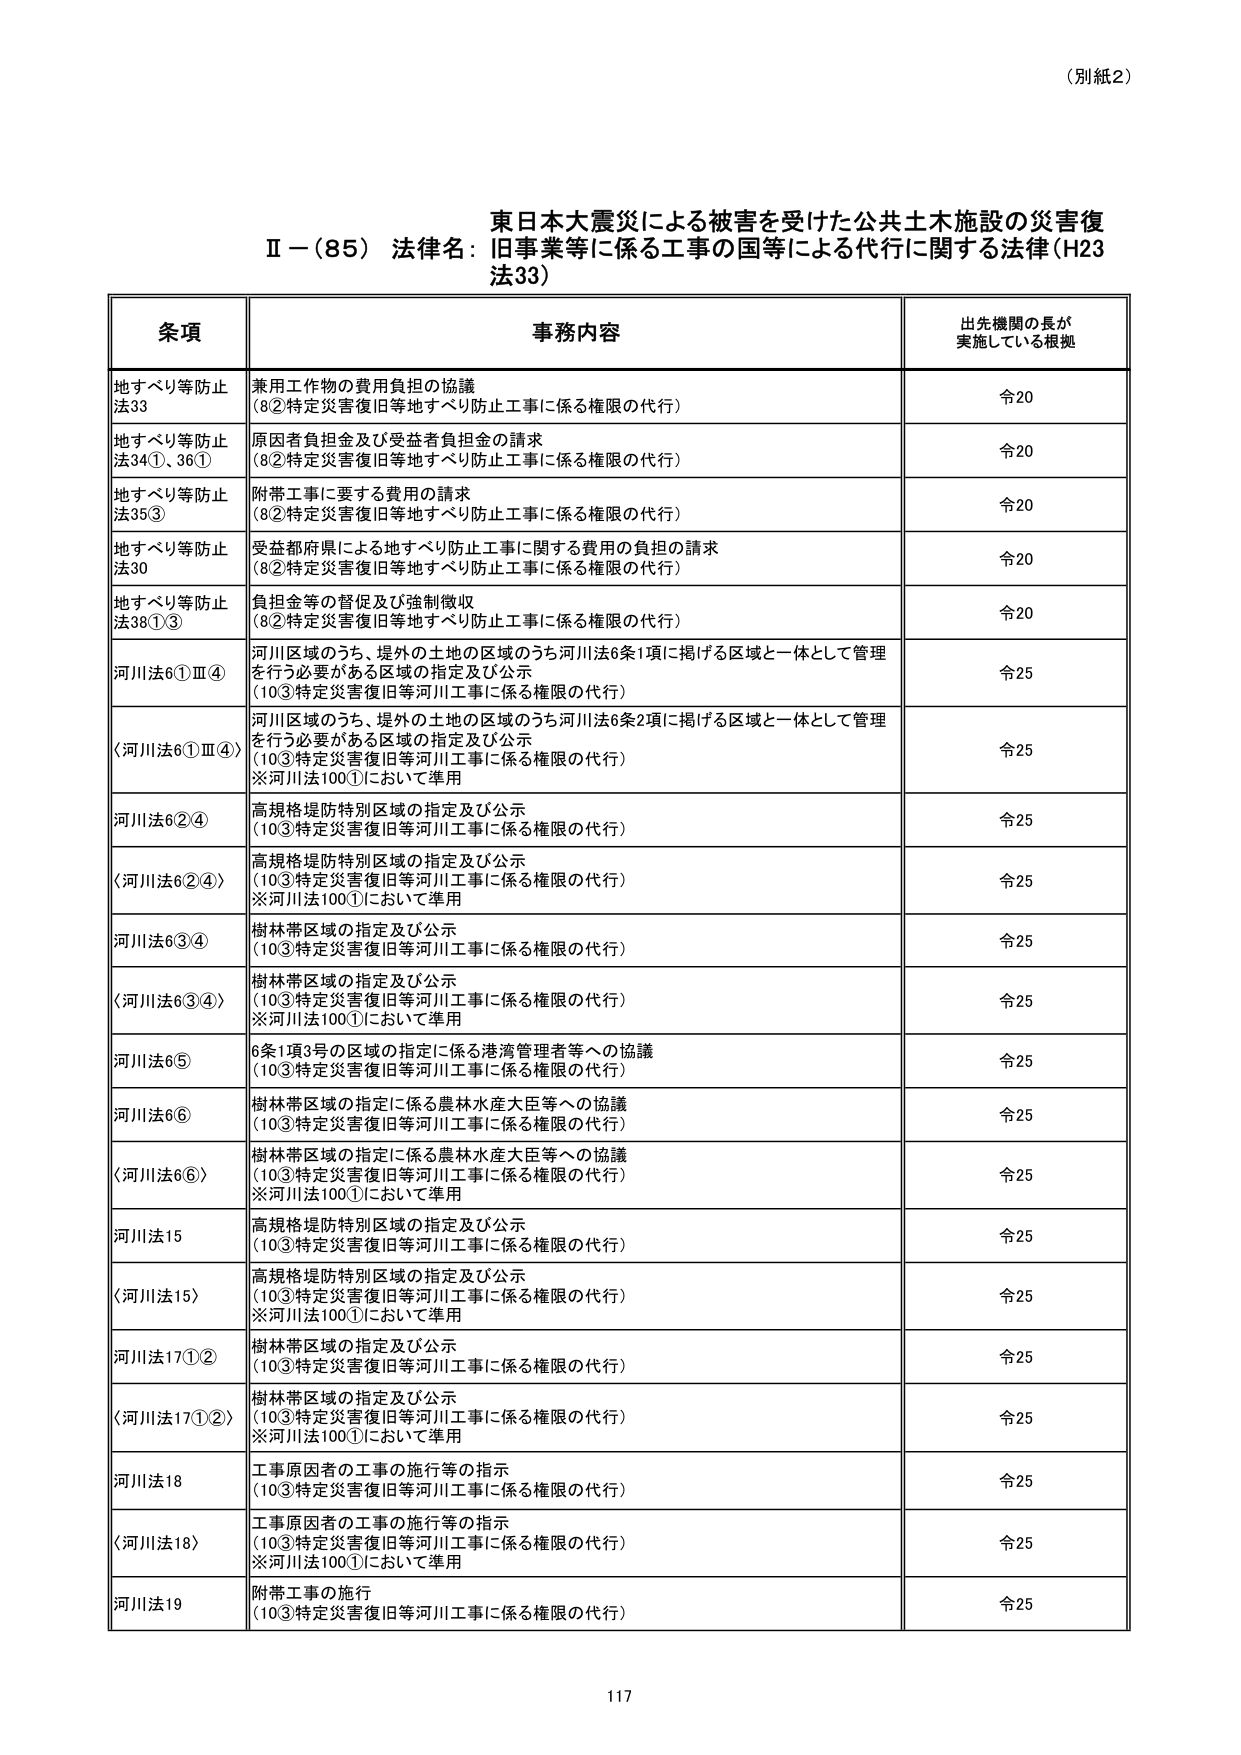
（別紙2）

東日本大震災による被害を受けた公共土木施設の災害復
Ⅱ－（85）法律名：旧事業等に係る工事の国等による代行に関する法律（H23
法33）

条項 事務内容 出先機関の長が
実施している根拠

地すべり等防止
法33 兼用工作物の費用負担の協議
（8②特定災害復旧等地すべり防止工事に係る権限の代行） 令20

地すべり等防止
法34①、36① 原因者負担金及び受益者負担金の請求
（8②特定災害復旧等地すべり防止工事に係る権限の代行） 令20

地すべり等防止
法35③ 附帯工事に要する費用の請求
（8②特定災害復旧等地すべり防止工事に係る権限の代行） 令20

地すべり等防止
法30 受益都府県による地すべり防止工事に関する費用の負担の請求
（8②特定災害復旧等地すべり防止工事に係る権限の代行） 令20

地すべり等防止
法38①③ 負担金等の督促及び強制徴収
（8②特定災害復旧等地すべり防止工事に係る権限の代行） 令20

河川法6①Ⅲ④ 河川区域のうち、堤外の土地の区域のうち河川法6条1項に掲げる区域と一体として管理
を行う必要がある区域の指定及び公示
（10③特定災害復旧等河川工事に係る権限の代行） 令25

〈河川法6①Ⅲ④〉 河川区域のうち、堤外の土地の区域のうち河川法6条2項に掲げる区域と一体として管理
を行う必要がある区域の指定及び公示
（10③特定災害復旧等河川工事に係る権限の代行）
※河川法100①において準用 令25

河川法6②④ 高規格堤防特別区域の指定及び公示
（10③特定災害復旧等河川工事に係る権限の代行） 令25

〈河川法6②④〉 高規格堤防特別区域の指定及び公示
（10③特定災害復旧等河川工事に係る権限の代行）
※河川法100①において準用 令25

河川法6③④ 樹林帯区域の指定及び公示
（10③特定災害復旧等河川工事に係る権限の代行） 令25

〈河川法6③④〉 樹林帯区域の指定及び公示
（10③特定災害復旧等河川工事に係る権限の代行）
※河川法100①において準用 令25

河川法6⑤ 6条1項3号の区域の指定に係る港湾管理者等への協議
（10③特定災害復旧等河川工事に係る権限の代行） 令25

河川法6⑥ 樹林帯区域の指定に係る農林水産大臣等への協議
（10③特定災害復旧等河川工事に係る権限の代行） 令25

〈河川法6⑥〉 樹林帯区域の指定に係る農林水産大臣等への協議
（10③特定災害復旧等河川工事に係る権限の代行）
※河川法100①において準用 令25

河川法15 高規格堤防特別区域の指定及び公示
（10③特定災害復旧等河川工事に係る権限の代行） 令25

〈河川法15〉 高規格堤防特別区域の指定及び公示
（10③特定災害復旧等河川工事に係る権限の代行）
※河川法100①において準用 令25

河川法17①② 樹林帯区域の指定及び公示
（10③特定災害復旧等河川工事に係る権限の代行） 令25

〈河川法17①②〉 樹林帯区域の指定及び公示
（10③特定災害復旧等河川工事に係る権限の代行）
※河川法100①において準用 令25

河川法18 工事原因者の工事の施行等の指示
（10③特定災害復旧等河川工事に係る権限の代行） 令25

〈河川法18〉 工事原因者の工事の施行等の指示
（10③特定災害復旧等河川工事に係る権限の代行）
※河川法100①において準用 令25

河川法19 附帯工事の施行
（10③特定災害復旧等河川工事に係る権限の代行） 令25

117